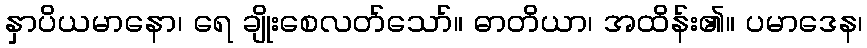
နှာပိယမာနော၊ ရေ ချိုးစေလတ်သော်။ ဓာတိယာ၊ အထိန်း၏။ ပမာဒေန၊